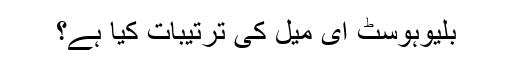
بلیوہوسٹ ای میل کی ترتیبات کیا ہے؟